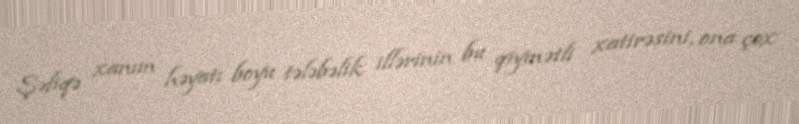
Şəfiqə xanım həyatı boyu tələbəlik illərinin bu qiymətli xatirəsini, ona çox